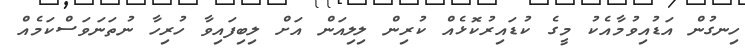
ހިނގުން އަޑުއިވުމާއެކު މީގެ ކުޑައިރުކޮޅެއް ކުރިން ލިލިއަން އަށް ލިބިފައިވާ ހުރިހާ ނުތަނަވަސްކަމެއް